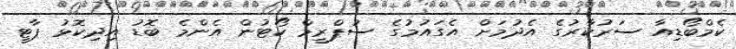
ކެމްބޯޑިއާ ސަރުކާރުގެ އެދުމަށް އެގައުމުގެ ސުޕްރީމް ކޯޓުން އެންމެ ބޮޑު އިދިކޮޅު ޕާޓީ